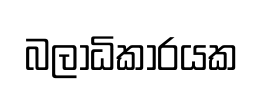
බලාධිකාරයක